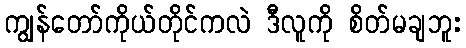
ကျွန်တော်ကိုယ်တိုင်ကလဲ ဒီလူကို စိတ်မချဘူး